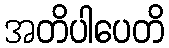
အတိပါပေတိ